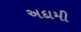
અદામી